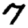
Digit: 7